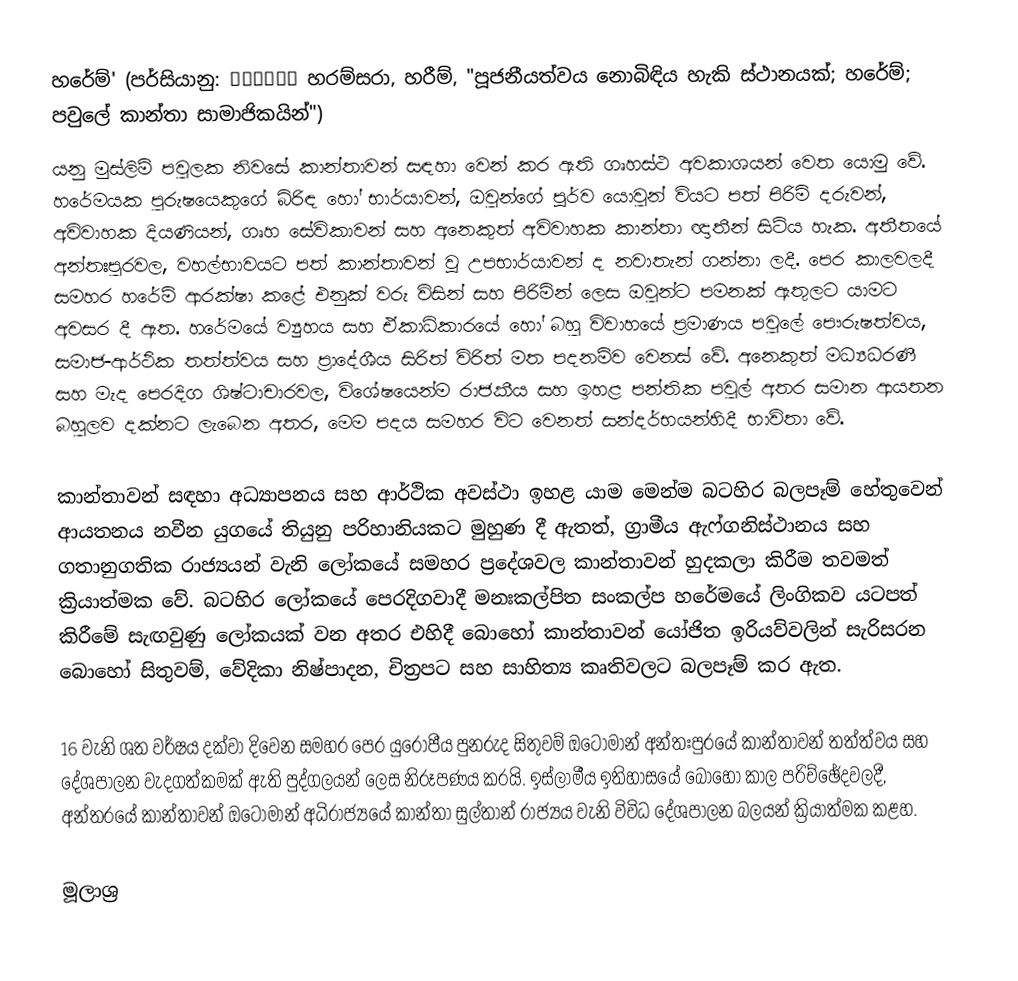
හරේම්' (පර්සියානු: حرمسرا හරම්සරා,  හරීම්, "පූජනීයත්වය නොබිඳිය හැකි ස්ථානයක්; හරේම්; පවුලේ කාන්තා සාමාජිකයින්")
‍යනු මුස්ලිම් පවුලක නිවසේ කාන්තාවන් සඳහා වෙන් කර ඇති ගෘහස්ථ අවකාශයන් වෙත යොමු වේ. හරේමයක පුරුෂයෙකුගේ බිරිඳ හෝ භාර්යාවන්, ඔවුන්ගේ පූර්ව යොවුන් වියට පත් පිරිමි දරුවන්, අවිවාහක දියණියන්, ගෘහ සේවිකාවන් සහ අනෙකුත් අවිවාහක කාන්තා ඥාතීන් සිටිය හැක. අතීතයේ අන්තඃපුරවල, වහල්භාවයට පත් කාන්තාවන් වූ උපභාර්යාවන් ද නවාතැන් ගන්නා ලදී. පෙර කාලවලදී සමහර හරේම් ආරක්ෂා කළේ එනුක් වරු විසින් සහ පිරිමින් ලෙස ඔවුන්ට පමනක් ඇතුලට යාමට අවසර දී ඇත. හරේමයේ ව්‍යුහය සහ ඒකාධිකාරයේ හෝ බහු විවාහයේ ප්‍රමාණය පවුලේ පෞරුෂත්වය, සමාජ-ආර්ථික තත්ත්වය සහ ප්‍රාදේශීය සිරිත් විරිත් මත පදනම්ව වෙනස් වේ. අනෙකුත් මධ්‍යධරණී සහ මැද පෙරදිග ශිෂ්ටාචාරවල, විශේෂයෙන්ම රාජකීය සහ ඉහළ පන්තික පවුල් අතර සමාන ආයතන බහුලව දක්නට ලැබෙන අතර, මෙම පදය සමහර විට වෙනත් සන්දර්භයන්හිදී භාවිතා වේ.

කාන්තාවන් සඳහා අධ්‍යාපනය සහ ආර්ථික අවස්ථා ඉහළ යාම මෙන්ම බටහිර බලපෑම් හේතුවෙන් ආයතනය නවීන යුගයේ තියුනු පරිහානියකට මුහුණ දී ඇතත්, ග්‍රාමීය ඇෆ්ගනිස්ථානය සහ ගතානුගතික රාජ්‍යයන් වැනි ලෝකයේ සමහර ප්‍රදේශවල කාන්තාවන් හුදකලා කිරීම තවමත් ක්‍රියාත්මක වේ. බටහිර ලෝකයේ පෙරදිගවාදී මනඃකල්පිත සංකල්ප හරේමයේ ලිංගිකව යටපත් කිරීමේ සැඟවුණු ලෝකයක් වන අතර එහිදී බොහෝ කාන්තාවන් යෝජිත ඉරියව්වලින් සැරිසරන බොහෝ සිතුවම්, වේදිකා නිෂ්පාදන, චිත්‍රපට සහ සාහිත්‍ය කෘතිවලට බලපෑම් කර ඇත.

16 වැනි ශත වර්ෂය දක්වා දිවෙන සමහර පෙර යුරෝපීය පුනරුද සිතුවම් ඔටෝමාන් අන්තඃපුරයේ කාන්තාවන් තත්ත්වය සහ දේශපාලන වැදගත්කමක් ඇති පුද්ගලයන් ලෙස නිරූපණය කරයි. ඉස්ලාමීය ඉතිහාසයේ බොහෝ කාල පරිච්ඡේදවලදී, අන්තරයේ කාන්තාවන් ඔටෝමාන් අධිරාජ්‍යයේ කාන්තා සුල්තාන් රාජ්‍යය වැනි විවිධ දේශපාලන බලයන් ක්‍රියාත්මක කළහ.

මූලාශ්‍ර